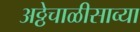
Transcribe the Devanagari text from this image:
अठ्ठेचाळीसाव्या